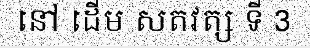
នៅ ដើម សតវត្ស ទី 3